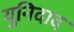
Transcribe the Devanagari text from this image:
युनिदाद